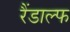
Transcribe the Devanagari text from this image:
रैंडाल्फ